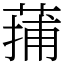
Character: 蒱